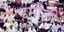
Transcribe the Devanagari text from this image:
डमाैली